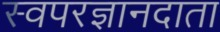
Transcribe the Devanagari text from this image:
स्वपरज्ञानदाता